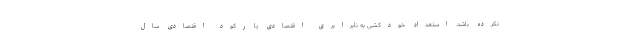
نکرده باشد. استعداد خودکشی به نابرابری اقتصادی یا رکود اقتصادی سال